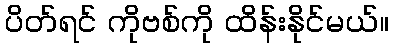
ပိတ်ရင် ကိုဗစ်ကို ထိန်းနိုင်မယ်။